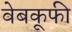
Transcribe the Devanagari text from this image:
वेबकूफी